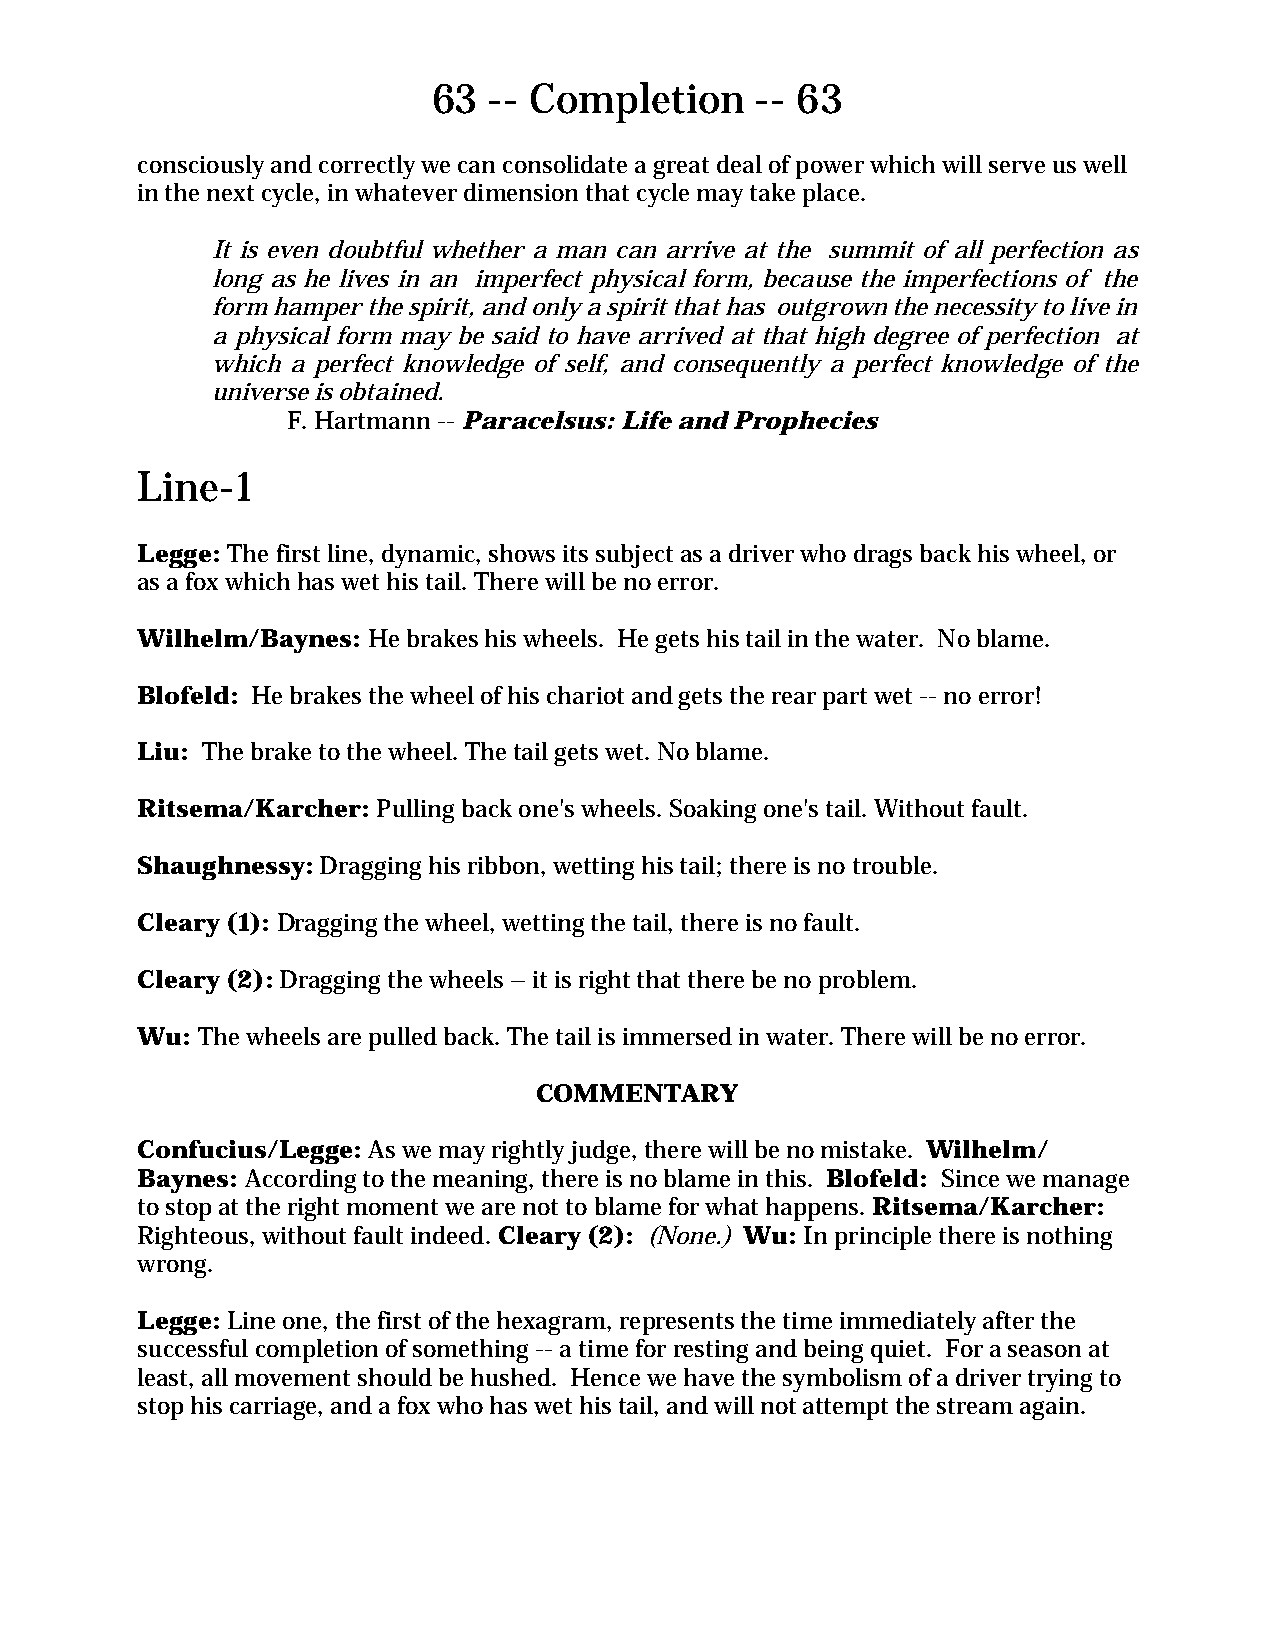
63 -- Completion     -- 63
 consciously and correctly we can consolidate a great deal of power which will serve us well
 in the next cycle, in whatever dimension that cycle may take place.
 It is even doubtful whether a man can arrive at the summit of all perfection as
 long as he lives in an imperfect physical form, because the imperfections of the
 form hamper the spirit, and only a spirit that has outgrown the necessity to live in
 a physical form may be said to have arrived at that high degree of perfection at
 which a perfect knowledge of self, and consequently a perfect knowledge of the
 universe is obtained.
 F. Hartmann -- Paracelsus: Life and Prophecies
 Line-1
 Legge: The first line, dynamic, shows its subject as a driver who drags back his wheel, or
 as a fox which has wet his tail. There will be no error.
 Wilhelm/Baynes: He brakes his wheels. He gets his tail in the water. No blame.
 Blofeld: He brakes the wheel of his chariot and gets the rear part wet -- no error!
 Liu: The brake to the wheel. The tail gets wet. No blame.
 Ritsema/Karcher: Pulling back one's wheels. Soaking one's tail. Without fault.
 Shaughnessy: Dragging his ribbon, wetting his tail; there is no trouble.
 Cleary (1): Dragging the wheel, wetting the tail, there is no fault.
 Cleary (2): Dragging the wheels – it is right that there be no problem.
 Wu: The wheels are pulled back. The tail is immersed in water. There will be no error.
 COMMENTARY
 Confucius/Legge: As we may rightly judge, there will be no mistake. Wilhelm/
 Baynes: According to the meaning, there is no blame in this. Blofeld: Since we manage
 to stop at the right moment we are not to blame for what happens. Ritsema/Karcher:
 Righteous, without fault indeed. Cleary (2): (None.) Wu: In principle there is nothing
 wrong.
 Legge: Line one, the first of the hexagram, represents the time immediately after the
 successful completion of something -- a time for resting and being quiet. For a season at
 least, all movement should be hushed. Hence we have the symbolism of a driver trying to
 stop his carriage, and a fox who has wet his tail, and will not attempt the stream again.